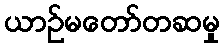
ယာဉ်မတော်တဆမှု